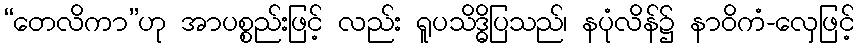
“တေလိကာ”ဟု အာပစ္စည်းဖြင့် လည်း ရူပသိဒ္ဓိပြသည်၊ နပုံလိန်၌ နာဝိကံ-လှေဖြင့်